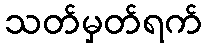
သတ်မှတ်ရက်